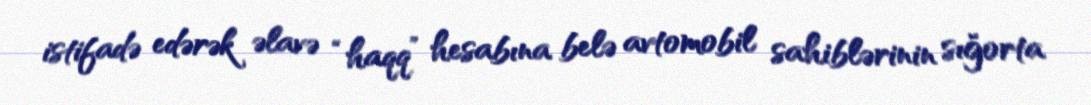
istifadə edərək əlavə “haqq” hesabına belə avtomobil sahiblərinin sığorta